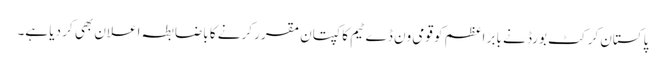
پاکستان کرکٹ بورڈ نے بابر اعظم کو قومی ون ڈے ٹیم کا کپتان مقرر کرنے کا باضابطہ اعلان بھی کر دیا ہے۔